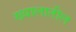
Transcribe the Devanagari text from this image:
ख्यालातील